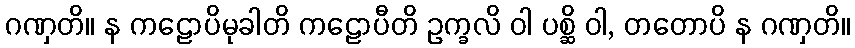
ဂဏှတိ။ န ကဠောပိမုခါတိ ကဠောပီတိ ဥက္ခလိ ဝါ ပစ္ဆိ ဝါ, တတောပိ န ဂဏှတိ။